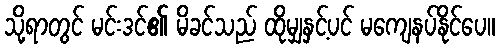
သို့ရာတွင် မင်းဒင်၏ မိခင်သည် ထိုမျှနှင့်ပင် မကျေနပ်နိုင်ပေ။